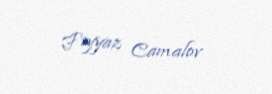
Fəyyaz Camalov